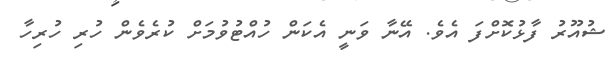
ޝުއޫރު ފާޅުކޮށްފަ އެވެ. އޭނާ ވަނީ އެކަން ހުއްޓުވުމަށް ކުރެވެން ހުރި ހުރިހާ